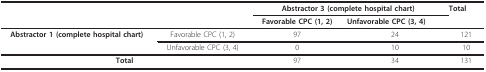
| <COLSPAN=2>  | <COLSPAN=2> Abstractor 3 (complete hospital chart) | Total |
 | <COLSPAN=2>  | Favorable CPC (1, 2) | Unfavorable CPC (3, 4) |  |
 | --- | --- | --- | --- | --- |
 | Abstractor 1 (complete hospital chart) | Favorable CPC (1, 2) | 97 | 24 | 121 |
 |  | Unfavorable CPC (3, 4) | 0 | 10 | 10 |
 | <COLSPAN=2> Total | 97 | 34 | 131 |